Report on vaccination in Madras 1877-1894 - 1877-1894
Year: 1877
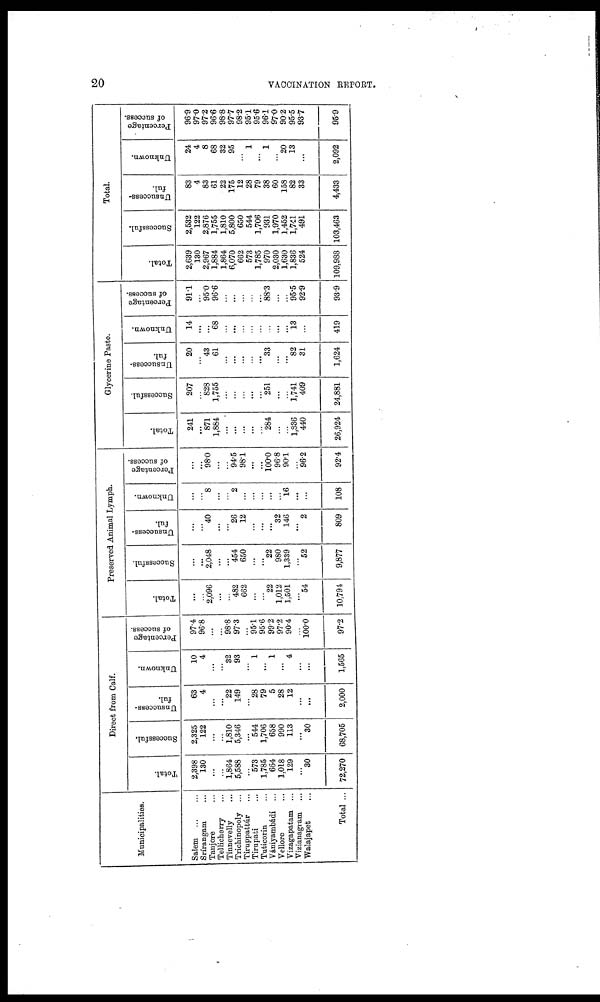
20
VACCINATION REPORT.
Municipalities.
Salem
...
...
Srírangam
...
Tanjore ...
Tellicherry ...
Tinnevelly ...
Trichinopoly ...
Tiruppattúr ...
Tirupati
...
Tuticorin ...
Vániyambádi ...
Vellore ...
Vizagapatam ...
Vizianagram ...
Walajapet ...
Total ...
Direct from Calf.
Total.
2,398
130
...
...
1,864
5,588
...
573
1,785
664
1,018
129
...
30
72,270
Successful.
2,325
122
...
...
1,810
5,346
...
544
1,706
658
990
113
...
30
68,705
Unsuccess-
ful.
63
4
...
...
22
149
...
28
79
5
28
12
...
...
2,000
Unknown.
10
4
...
...
32
93
...
1
...
1
...
4
...
...
1,565
Percentage
of success.
97.4
96.8
...
...
98.8
97.3
...
95.1
95.6
99.2
97.2
90.4
...
100.0
97.2
Preserved Animal Lymph.
Total.
...
...
2,096
...
...
482
662
...
...
22
1,012
1,501
...
54
10,794
Successful.
...
...
2,048
...
...
454
650
...
...
22
980
1,339
...
52
9,877
Unsuccess-
ful.
...
...
40
...
...
26
12
...
...
...
32
146
...
2
809
Unknown.
...
...
8
...
...
2
...
...
...
...
...
16
...
...
108
Percentage
of success.
...
...
98.0
...
...
94.5
98.1
...
...
100.0
96.8
90.1
...
96.2
92.4
Glycerine Paste.
Total.
241
...
871
1,884
...
...
...
...
...
284
...
...
1,836
440
26,924
Successful.
207
...
828
1,755
...
...
...
...
...
251
...
...
1,741
409
24,881
Unsuccess-
ful.
20
...
43
61
...
...
...
...
...
33
...
...
82
31
1,624
Unknown.
14
...
...
68
...
...
...
...
...
...
...
...
13
...
419
Percentage
of success.
91.1
...
95.0
96.6
...
...
...
...
...
88.3
...
...
95.5
92.9
93.9
Total.
Total.
2,639
130
2,967
1,884
1,864
6,070
662
573
1,785
970
2,030
1,630
1,836
524
109,988
Successful.
2,532
122
2,876
1,755
1,810
5,800
650
544
1,706
931
1,970
1,452
1,741
491
103,463
Unsuccess-
ful.
83
4
83
61
22
175
12
28
79
38
60
158
82
33
4,433
Unknown.
24
4
8
68
32
95
...
1
...
1
...
20
13
...
2,092
Percentage
of success.
96.9
97.0
97.2
96.6
98.8
97.7
98.2
95.1
95.6
96.1
97.0
90.2
95.5
93.7
95.9